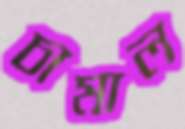
চামাল